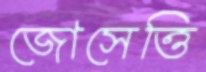
জোসেত্তি